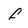
Character: f